Report on vaccination in Madras 1877-1894 - 1877-1894
Year: 1877
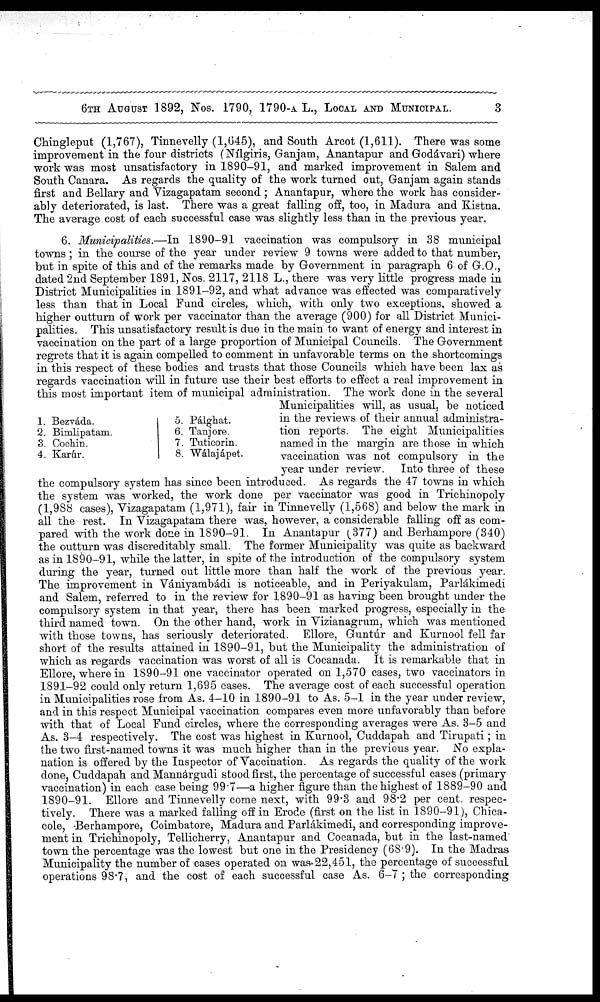
6TH AUGUST 1892, Nos. 1790, 1790-A L., LOCAL AND MUNICIPAL.
3
Chingleput (1,767), Tinnevelly (1,645), and South Arcot (1,611). There was some
improvement in the four districts (Nílgiris, Ganjam, Anantapur and Godávari) where
work was most unsatisfactory in 1890-91, and marked improvement in Salem and
South Canara. As regards the quality of the work turned out, Ganjam again stands
first and Bellary and Vizagapatam second ; Anantapur, where the work has consider-
ably deteriorated, is last. There was a great falling off, too, in Madura and Kistna.
The average cost of each successful case was slightly less than in the previous year.
1. Bezváda.
2. Bimlipatam.
3. Cochin.
4. Karúr.
5. Pálghat.
6. Tanjore.
7. Tuticorin.
8. Wálajápet.
6. Municipalities.—In 1890-91 vaccination was compulsory in 38 municipal
towns; in the course of the year under review 9 towns were added to that number,
but in spite of this and of the remarks made by Government in paragraph 6 of G.O.,
dated 2nd September 1891, Nos. 2117, 2118 L., there was very little progress made in
District Municipalities in 1891-92, and what advance was effected was comparatively
less than that in Local Fund circles, which, with only two exceptions, showed a
higher outturn of work per vaccinator than the average (900) for all District Munici-
palities. This unsatisfactory result is due in the main to want of energy and interest in
vaccination on the part of a large proportion of Municipal Councils. The Government
regrets that it is again compelled to comment in unfavorable terms on the shortcomings
in this respect of these bodies and trusts that those Councils which have been lax as
regards vaccination will in future use their best efforts to effect a real improvement in
this most important item of municipal administration. The work done in the several
Municipalities will, as usual, be noticed
in the reviews of their annual administra-
tion reports. The eight Municipalities
named in the margin are those in which
vaccination was not compulsory in the
year under review. Into three of these
the compulsory system has since been introduced. As regards the 47 towns in which
the system was worked, the work done per vaccinator was good in Trichinopoly
(1,988 cases), Vizagapatam (1,971), fair in Tinnevelly (1,568) and below the mark in
all the rest. In Vizagapatam there was, however, a considerable falling off as com-
pared with the work done in 1890-91. In Anantapur (377) and Berhampore (340)
the outturn was discreditably small. The former Municipality was quite as backward
as in 1890-91, while the latter, in spite of the introduction of the compulsory system
during the year, turned out little more than half the work of the previous year.
The improvement in Vániyambádi is noticeable, and in Periyakulam, Parlákimedi
and Salem, referred to in the review for 1890-91 as having been brought under the
compulsory system in that year, there has been marked progress, especially in the
third named town. On the other hand, work in Vizianagrum, which was mentioned
with those towns, has seriously deteriorated. Ellore, Guntúr and Kurnool fell far
short of the results attained in 1890-91, but the Municipality the administration of
which as regards vaccination was worst of all is Cocanada. It is remarkable that in
Ellore, where in 1890-91 one vaccinator operated on 1,570 cases, two vaccinators in
1891-92 could only return 1,695 cases. The average cost of each successful operation
in Municipalities rose from As. 4-10 in 1890-91 to As. 5-1 in the year under review,
and in this respect Municipal vaccination compares even more unfavorably than before
with that of Local Fund circles, where the corresponding averages were As. 3-5 and
As. 3-4 respectively. The cost was highest in Kurnool, Cuddapah and Tirupati ; in
the two first-named towns it was much higher than in the previous year. No expla-
nation is offered by the Inspector of Vaccination. As regards the quality of the work
done, Cuddapah and Mannárgudi stood first, the percentage of successful cases (primary
vaccination) in each case being 99.7—a higher figure than the highest of 1889-90 and
1890-91. Ellore and Tinnevelly come next, with 99.3 and 98.2 per cent. respec-
tively. There was a marked falling off in Erode (first on the list in 1890-91), Chica-
cole, Berhampore, Coimbatore, Madura and Parlákimedi, and corresponding improve-
ment in Trichinopoly, Tellicherry, Anantapur and Cocanada, but in the last-named
town the percentage was the lowest but one in the Presidency (68.9). In the Madras
Municipality the number of cases operated on was 22,451, the percentage of successful
operations 98.7, and the cost of each successful case As. 6-7 ; the corresponding